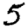
Digit: 5